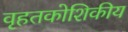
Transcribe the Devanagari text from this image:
वृहतकोशिकीय